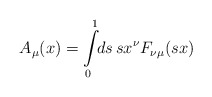
\begin{align*}A_\mu(x) = \int\limits^1_0 \!\! ds \, s x^\nu F_{\nu\mu}(sx) \end{align*}